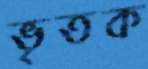
ভৃতক